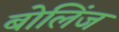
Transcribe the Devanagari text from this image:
बोलिंज